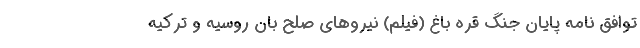
توافق نامه پایان جنگ قره باغ (فیلم) نیروهای صلح بان روسیه و ترکیه